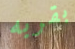
بقربه